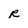
Character: R